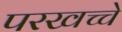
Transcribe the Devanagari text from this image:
परखच्चे